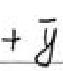
$+ \bar{y}$